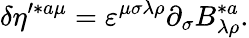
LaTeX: \delta\eta^{\prime*a\mu}=\varepsilon^{\mu\sigma\lambda\rho}\partial_{\sigma}B_{\lambda\rho}^{*a}.